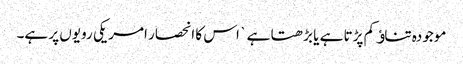
موجودہ تناﺅ کم پڑتا ہے یا بڑھتا ہے ` اس کا انحصار امریکی رویوں پر ہے۔